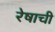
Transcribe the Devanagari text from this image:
रेषाची